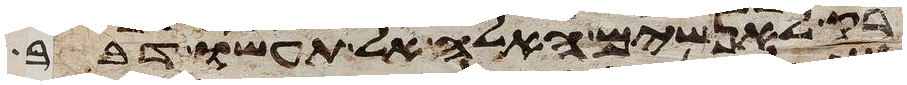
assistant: רק לאנשים האלה אל תעשו דבר